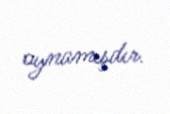
oynamışdır.